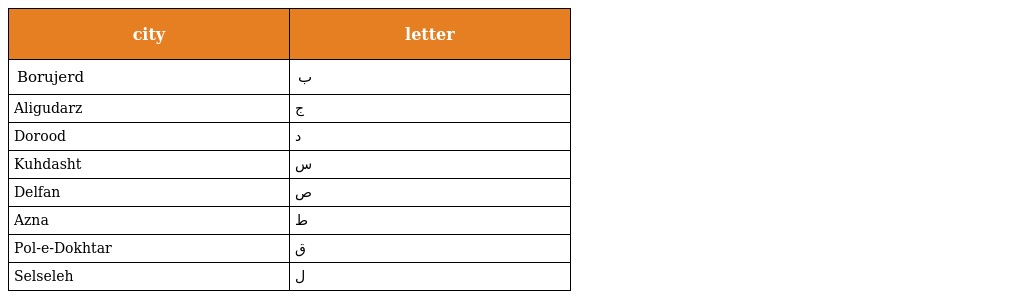
| city | letter |
 | --- | --- |
 | Borujerd | ب |
 | Aligudarz | ج |
 | Dorood | د |
 | Kuhdasht | س |
 | Delfan | ص |
 | Azna | ط |
 | Pol-e-Dokhtar | ق |
 | Selseleh | ل |